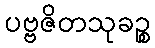
ပဗ္ဗဇိတသုခဉ္စ